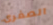
الصغرى